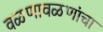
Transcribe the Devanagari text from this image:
वळणावळणांचा